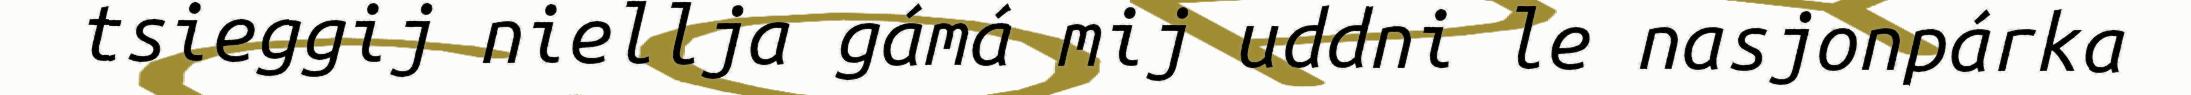
tsieggij niellja gámá mij uddni le nasjonpárka